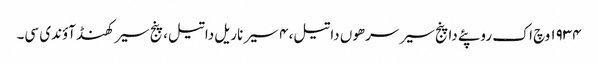
١٩٣٤ وچ اک روپئے دا پنج سیر سرھوں دا تیل، ٤ سیر ناریل دا تیل، پنج سیر کھنڈ آؤندی سی۔